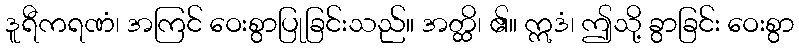
ဒူရီကရဏံ၊ အကြင် ဝေးစွာပြုခြင်းသည်။ အတ္ထိ၊ ၏။ ဣဒံ၊ ဤသို့ ခွာခြင်း ဝေးစွာ